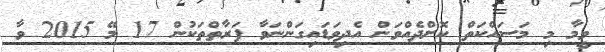
ވީމާ މި މަސައްކަތް ކޮށްދެއްވަން އެދިވަޑައިގަންނަވާ ފަރާތްތަކުން 17 މޭ 2015 ވާ